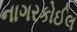
નાગરકોઈલ